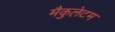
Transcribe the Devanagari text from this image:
मैकुलेटम